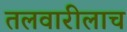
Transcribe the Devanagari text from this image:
तलवारीलाच